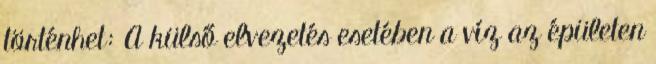
történhet: A külső elvezetés esetében a víz az épületen